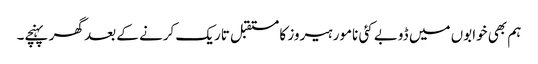
ہم بھی خوابوں میں ڈوبے کئی نامور ہیروز کا مستقبل تاریک کرنے کے بعد گھر پہنچے۔